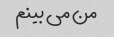
من می بینم